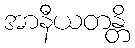
အာနီယတန္တိ